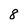
Character: 8